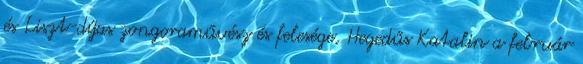
és Liszt-díjas zongoraművész és felesége, Hegedűs Katalin a február